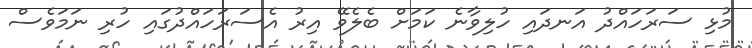
މުޅި ސަރަހައްދު އަނދައި ހުލިވާނެ ކަމަށް ބެލެވޭ އިރު އެސަރަހައްދުގައި ހުރި ނަމަވެސް